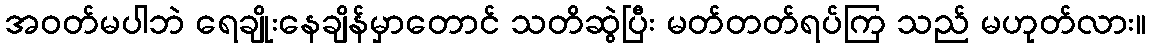
အဝတ်မပါဘဲ ရေချိုးနေချိန်မှာတောင် သတိဆွဲပြီး မတ်တတ်ရပ်ကြ သည် မဟုတ်လား။